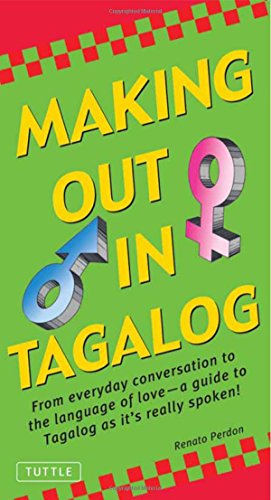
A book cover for Making Out in Tagalog: (Tagalog Phrasebook) (Making Out Books); Renato Perdon; Travel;